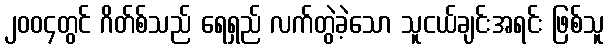
၂၀၀၄တွင် ဂိတ်စ်သည် ရေရှည် လက်တွဲခဲ့သော သူငယ်ချင်းအရင်း ဖြစ်သူ